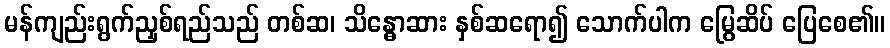
မန်ကျည်းရွက်ညှစ်ရည်သည် တစ်ဆ၊ သိန္ဓောဆား နှစ်ဆရော၍ သောက်ပါက မြွေဆိပ် ပြေစေ၏။